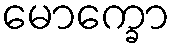
မောက္ခော